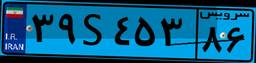
۹۰S۷۲۹۶۰